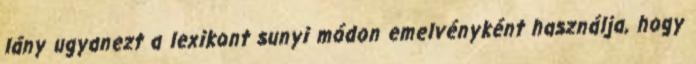
lány ugyanezt a lexikont sunyi módon emelvényként használja, hogy